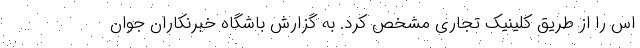
اس را از طریق کلینیک تجاری مشخص کرد. به گزارش باشگاه خبرنکاران جوان